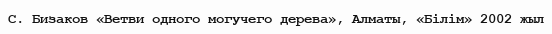
С. Бизаков «Ветви одного могучего дерева», Алматы, «Білім» 2002 жыл